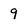
Character: 9